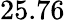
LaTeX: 25.76